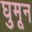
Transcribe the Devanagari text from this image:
घुमून